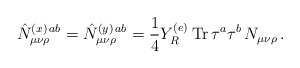
\begin{align*}\hat{N}_{\mu\nu\rho}^{(x)\,ab}=\hat{N}_{\mu\nu\rho}^{(y)\,ab}=\frac{1}{4}Y_R^{(e)}\, {\rm Tr}\,\tau^a\tau^b\,N_{\mu\nu\rho}\, .\end{align*}